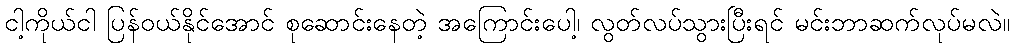
ငါ့ကိုယ်ငါ ပြန်ဝယ်နိုင်အောင် စုဆောင်းနေတဲ့ အကြောင်းပေါ့၊ လွတ်လပ်သွားပြီးရင် မင်းဘာဆက်လုပ်မလဲ။